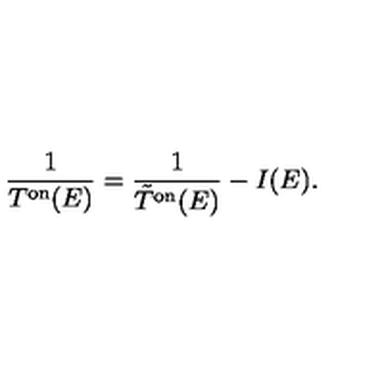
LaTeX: \frac { 1 } { T ^ { \mathrm { o n } } ( E ) } = \frac { 1 } { \tilde { T } ^ { \mathrm { o n } } ( E ) } - I ( E ) .